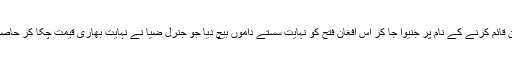
اس نے امن قائم کرنے کے نام پر جنیوا جا کر اس افغان فتح کو نہایت سستے داموں بیچ دیا جو جنرل ضیا نے نہایت بھاری قیمت چکا کر حاصل کی تھی۔